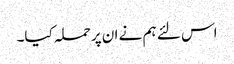
اس لئے ہم نے ان پر حملہ کیا۔